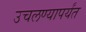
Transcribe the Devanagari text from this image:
उचलण्यापर्यंत